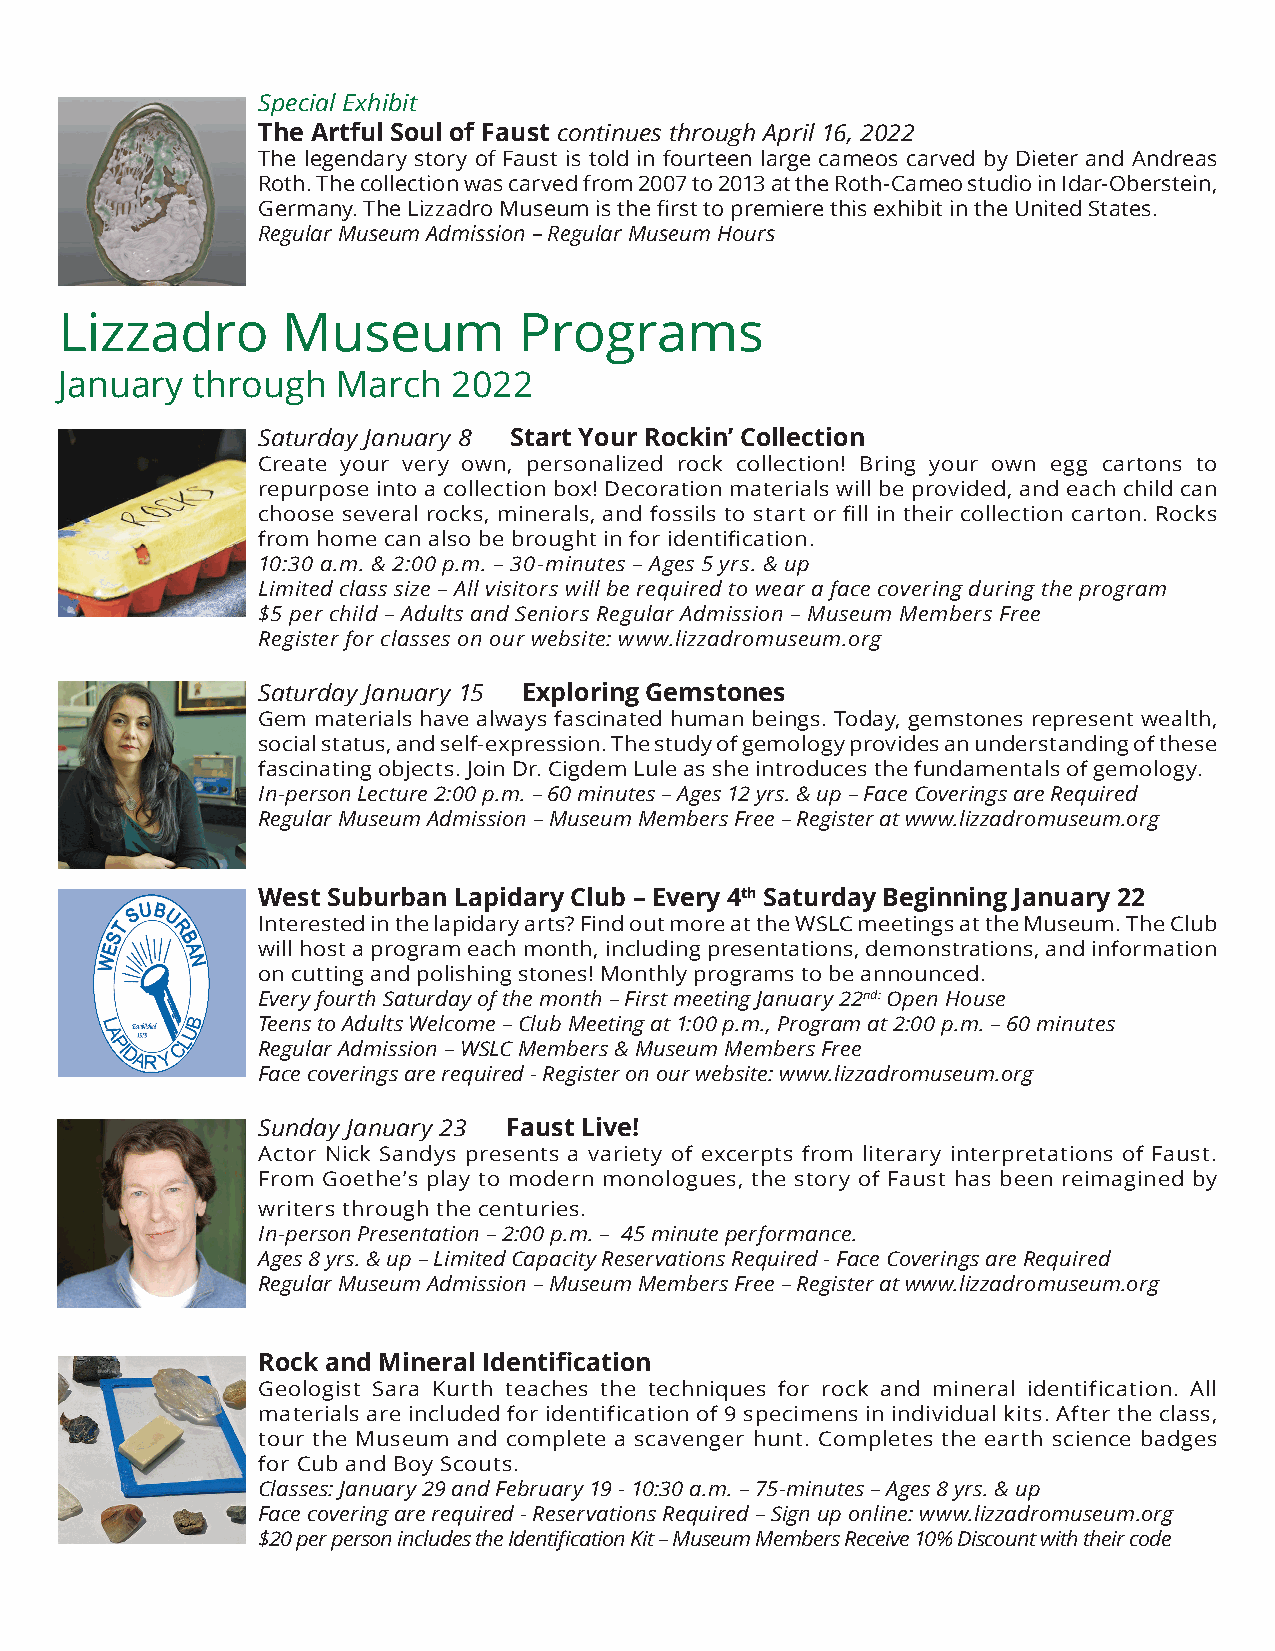
Special Exhibit
 The Artful Soul of Faust continues through April 16, 2022
 The legendary story of Faust is told in fourteen large cameos carved by Dieter and Andreas
 Roth. The collection was carved from 2007 to 2013 at the Roth-Cameo studio in Idar-Oberstein,
 Germany. The Lizzadro Museum is the first to premiere this exhibit in the United States.
 Regular Museum Admission – Regular Museum Hours
 Lizzadro       Museum         Programs
 January  through  March   2022
 Saturday January 8 Start Your Rockin’ Collection
 Create your very own, personalized rock collection! Bring your own egg cartons to
 repurpose into a collection box! Decoration materials will be provided, and each child can
 choose several rocks, minerals, and fossils to start or fill in their collection carton. Rocks
 from home can also be brought in for identification.
 10:30 a.m. & 2:00 p.m. – 30-minutes – Ages 5 yrs. & up
 Limited class size – All visitors will be required to wear a face covering during the program
 $5 per child – Adults and Seniors Regular Admission – Museum Members Free
 Register for classes on our website: www.lizzadromuseum.org
 Saturday January 15 Exploring Gemstones
 Gem materials have always fascinated human beings. Today, gemstones represent wealth,
 social status, and self-expression. The study of gemology provides an understanding of these
 fascinating objects. Join Dr. Cigdem Lule as she introduces the fundamentals of gemology.
 In-person Lecture 2:00 p.m. – 60 minutes – Ages 12 yrs. & up – Face Coverings are Required
 Regular Museum Admission – Museum Members Free – Register at www.lizzadromuseum.org
 West Suburban Lapidary Club – Every 4th Saturday Beginning January 22
 Interested in the lapidary arts? Find out more at the WSLC meetings at the Museum. The Club
 will host a program each month, including presentations, demonstrations, and information
 on cutting and polishing stones! Monthly programs to be announced.
 Every fourth Saturday of the month – First meeting January 22nd: Open House
 Teens to Adults Welcome – Club Meeting at 1:00 p.m., Program at 2:00 p.m. – 60 minutes
 Regular Admission – WSLC Members & Museum Members Free
 Face coverings are required - Register on our website: www.lizzadromuseum.org
 Sunday January 23 Faust Live!
 Actor Nick Sandys presents a variety of excerpts from literary interpretations of Faust.
 From Goethe’s play to modern monologues, the story of Faust has been reimagined by
 writers through the centuries.
 In-person Presentation – 2:00 p.m. – 45 minute performance.
 Ages 8 yrs. & up – Limited Capacity Reservations Required - Face Coverings are Required
 Regular Museum Admission – Museum Members Free – Register at www.lizzadromuseum.org
 Rock and Mineral Identification
 Geologist Sara Kurth teaches the techniques for rock and mineral identification. All
 materials are included for identification of 9 specimens in individual kits. After the class,
 tour the Museum and complete a scavenger hunt. Completes the earth science badges
 for Cub and Boy Scouts.
 Classes: January 29 and February 19 - 10:30 a.m. – 75-minutes – Ages 8 yrs. & up
 Face covering are required - Reservations Required – Sign up online: www.lizzadromuseum.org
 $20 per person includes the Identification Kit – Museum Members Receive 10% Discount with their code